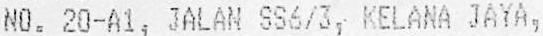
NO. 20-A1, JALAN SS6/3, KELANA JAYA,